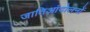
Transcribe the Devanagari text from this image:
जातिआंदोलनों